Vaccination in Burma 1889-1999 - 1889-1999
Year: 1889
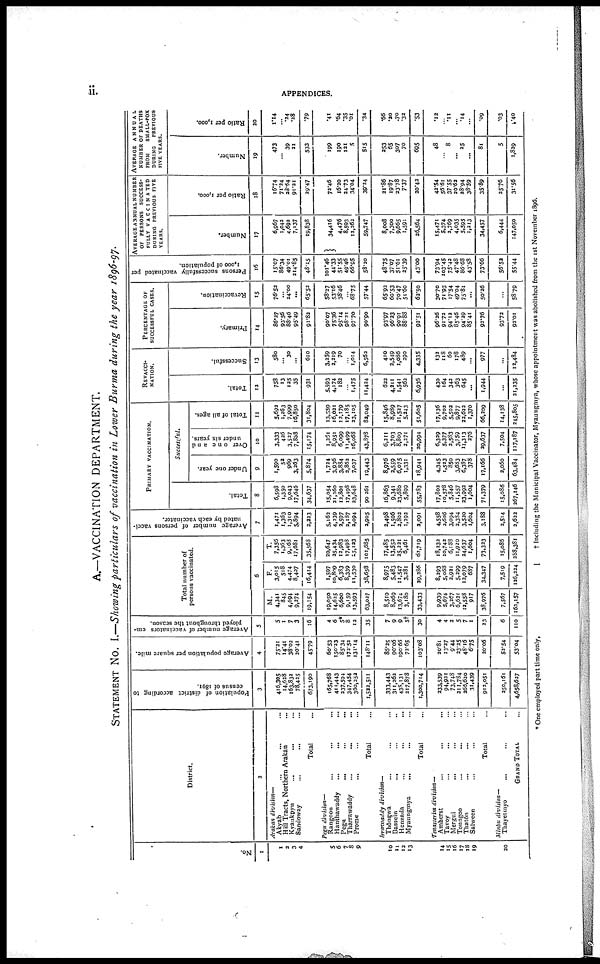
ii.
APPENDICES.
A.—VACCINATION DEPARTMENT.
STATEMENT No. I.—Showing particulars of vaccination in Lower Burma during the year 1896-97.
No.
1
1
2
3
4
5 6
7
8
9
10
11
12
13
14
15
16
17
18
19
20
District.
2
Arakan division—
Akyab ... ... ...
Hill Tracts, Northern Arakan ...
Kyaukpyu
...
... ...
Sandoway
...
... ...
Total ...
Pegu division—
Rangoon ... ... ...
Hanthawaddy ... ... ...
Pegu
...
...
...
Tharrawaddy ... ... ...
Prome
... ... ...
Total ...
Irrawaddy
division—
Thôngwa ... ... ...
Bassein
... ... ...
Henzada
...
...
...
Myaungmya ... ... ...
Total ...
Tenasserim division—
Amherst ... ... ...
Tavoy ... ... ...
Mergui ... ... ...
Toungoo
...
... ...
Thatôn ... ... ...
Salween ... ... ...
Total ...
Minbu division—
Thayetmyo ... ... ...
GRAND TOTAL ...
Population of district according to
census of 1891.
3
416,305
14,628
163,832
78,425
673,190
165,768
411,443
237,594
347,454
360,252
1,522,511
333,443
311,262
438,131
217,878
1,300,714
233,539
94,921
73,748
211,784
266,620
31,439
912,051
250,161
4,658,627
Average population per square mile.
4
75.21
14.41
38.02
20.41
45.79
60.53
150.23
85.34
172.52
131.14
148.11
86.25
90.06
190.66
72.65
103.08
20.81
13.27
9.44
23.25
48.16
6.75
20.06
52.54
53.04
Average number of vaccinators em-
ployed throughout the season.
5
5
1
7
3
16
4
6
5*
8
12
35
7
9
9
5†
30
4
4
2
5
7
1
23
6
110
Total number of
persons vaccinated.
6
M.
4,341
845
4,694
9,274
19,154
19,050
14,625
6,600
9,159
13,593
63,027
8,510
8,069
13,674
3,180
33,433
9,939
5,674
3,267
6,621
12,558
917
38,976
7,567
162,157
F.
3,015
518
4,474
8,407
16,414
1,597
10,809
6,383
8,339
11,530
38,658
8,975
5,483
11,547
3,281
29,286
8,293
5,068
3,921
5,299
12,079
687
34,347
7,519
126,224
T.
7,356
1,363
9,163
17,681
35,568
20,647
25,434
12,983
17,498
25,133
101,685
17,485
13,552
25,221
6,461
62,719
18,232
10,742
6,188
11,920
24,637
1,604
73,323
15,086
288,381
Average number of persons vacci-
nated by each vaccinator.
7
1,471
1,363
1,310
5,894
2,223
5,162
4,239
3,597
2,187
2,094
2,905
3,498
1,506
2,802
1,292
2,091
4,558
2,686
3,094
2,384
3,520
1,604
3,188
2,514
2,622
PRIMARY VACCINATION.
Total.
8
6,508
1,350
9,043
17,646
34,637
15,054
21,260
12,801
17,498
23,648
90,261
16,863
9,341
23,680
5,899
55,783
17,802
10,578
5,846
11,557
23,992
1,604
71,379
15,086
267,146
Successful.
Under one year.
9
1,590
52
969
3,263
5,874
1,724
3,936
3,884
2,862
7,037
19,443
8,976
2,559
6,075
1,331
18,941
4,345
1,523
850
3,683
6,387
378
17,166
2,060
63,484
Over one and
under six years.
10
3,333
426
3,527
7,888
15,174
1,261
8,951
6,099
11,499
16,068
43,878
6,211
3,703
8,809
2,271
20,994
6,329
5,377
3,583
3,759
11,313
276
29,637
7,504
117,187
Total of all ages.
11
5,692
1,263
7,999
16,850
31,804
13,559
16,021
12,179
17,185
23,105
83,049
15,846
8,989
21,527
5,243
51,605
17,136
9,702
5,502
9,877
22,622
1,370
66,209
14,138
245,805
REVACCI-
NATION.
Total.
12
758
13
125
35
931
5,593
4,174
182
...
1,475
11,424
622
4,211
1,541
562
6,936
430
164
342
363
645
...
1,944
...
21,235
Successful.
13
580
... 30
...
610
3,259
2,219
70
...
1,014
6,562
410
2,549
1,086
290
4,335
132
118
60
178
489
...
977
...
12,484
PERCENTAGE OF
SUCCESSFUL CASES.
Primary.
14
86.27
93.56
88.46
95.49
91.82
90.07
75.36
95.14
98.21
97.70
90.90
93.97
96.23
90.91
88.88
92.51
96.26
91.72
94.13
85.46
94.29
85.41
92.76
93.72
92.01
Revaccination.
15
76.52
...
24.00
...
65.52
58.27
53.16
38.46
...
68.75
57.44
65.92
60.53
70.47
51.60
62.50
30.70
71.95
17.54
49.04
75.81
50.26
...
58.79
Persons successfully vaccinated per
1,000 of population.
16
15.07
86.34
49.01
214.85
48.15
101.46
44.33
51.55
49.46
66.95
58.20
48.75
37.07
51.61
25.39
43.00
73.94
103.45
75.42
47.48
86.68
43.58
73.66
56.52
55.44
AVERAGE ANNUAL NUMBER
OF PERSONS SUCCESS-
FULLY VACCINATED
DURING PREVIOUS FIVE
YEARS.
Number.
17
6,967
1,042
4,692
7,137
19,838
34,416
4,476
8,593
12,262
59,747
8,008
7,300
9,665
1,591
26,564
15,471
5,374
3,769
4,035
5,595
1,213
34,457
6,444
147,050
Ratio per 1,000.
18
16.74
71.24
28.64
91.21
29.47
72.46
16.20
24.73
34.04
39.34
21.86
19.87
23.78
7.37
20.42
42.54
56.61
37.55
20.63
28.94
38.59
35.89
25.76
31.56
AVERAGE
ANNUAL
NUMBER OF DEATHS
FROM
SMALL-POX
DURING
PREVIOUS
FIVE YEARS.
Number.
19
473
... 39
21
533
199
190
121
5
515
253
65
307
70
695
48
...
8
... 25
...
81
5
1,829
Ratio per 1,000.
20
1.14
... .24
.28
.79
.41
.64
.35
.01
.34
.66
.20
.70
.32
.53
.12
...
.11
...
.14
...
.09
.03
.40
* One employed part time only.
† Including the Municipal Vaccinator, Myaungmya, whose appointment was abolished from the 1st November 1896.